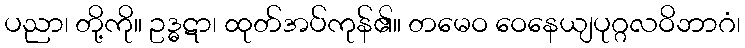
ပညာ၊ တို့ကို။ ဥဒ္ဓဋာ၊ ထုတ်အပ်ကုန်၏။ တမေဝ ဝေနေယျပုဂ္ဂလဝိဘာဂံ၊